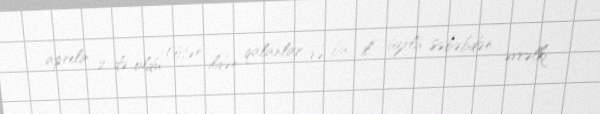
aprelin 2-də oldu (ötən ildən qalanlar və bu il üzrlü səbəbdən əvvəlki